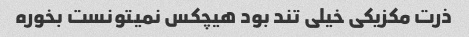
ذرت مکزیکی خیلی تند بود هیچکس نمیتونست بخوره